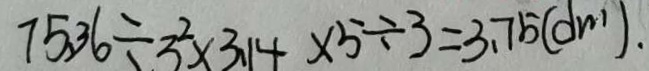
7 5 . 3 6 \div 3 ^ { 2 } \times 3 . 1 4 \times 5 \div 3 = 3 . 7 5 ( d m )